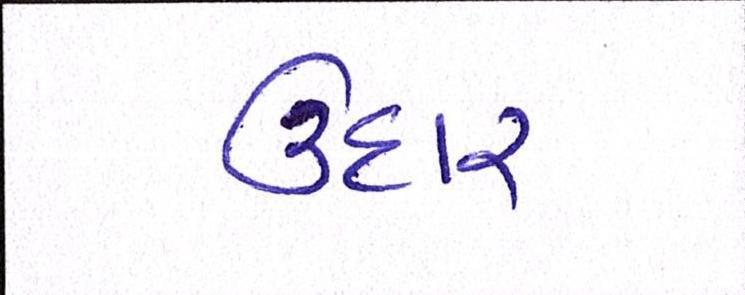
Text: ઉદાર